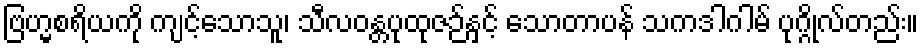
ဗြဟ္မစရိယကို ကျင့်သောသူ၊ သီလဝန္တပုထုဇဉ်နှင့် သောတာပန် သကဒါဂါမ် ပုဂ္ဂိုလ်တည်း။